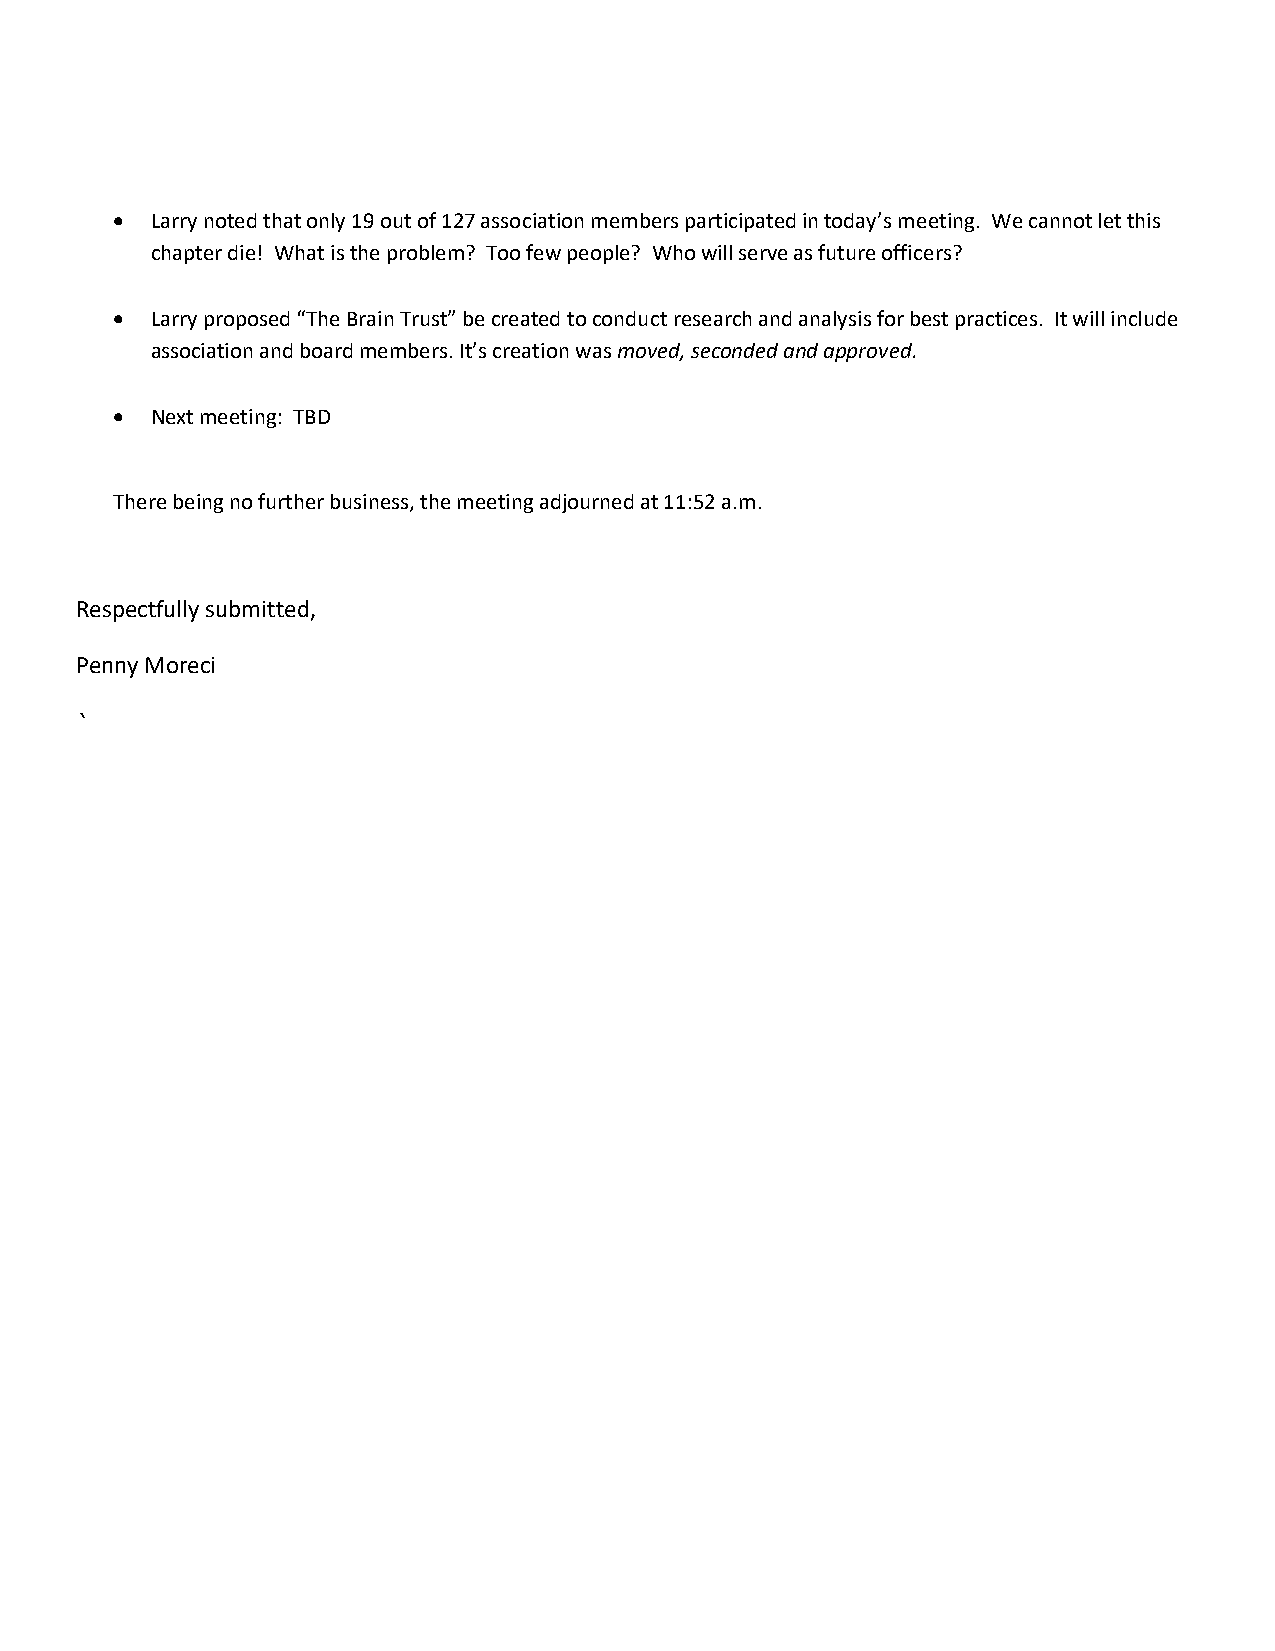
• Larry noted that only 19 out of 127 association members participated in today’s meeting. We cannot let this
 chapter die! What is the problem? Too few people? Who will serve as future officers?
 • Larry proposed “The Brain Trust” be created to conduct research and analysis for best practices. It will include
 association and board members. It’s creation was moved, seconded and approved.
 • Next meeting: TBD
 There being no further business, the meeting adjourned at 11:52 a.m.
 Respectfully submitted,
 Penny Moreci
 `